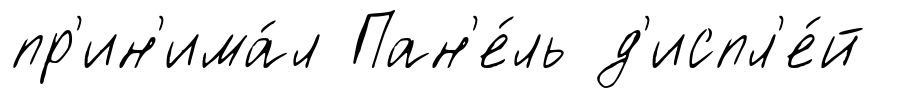
пр'ин'има́л Пан'е́ль д'испл'е́й